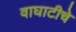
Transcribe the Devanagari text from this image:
वाघाटीचे